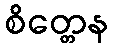
စိတ္တေန